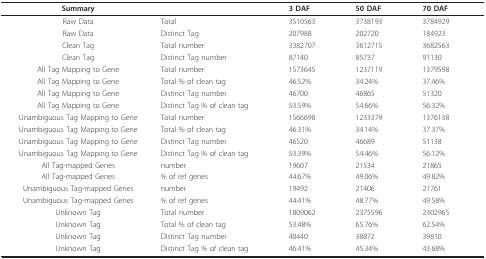
| Summary |  | 3 DAF | 50 DAF | 70 DAF |
 | --- | --- | --- | --- | --- |
 | Raw Data | Total | 3510563 | 3738193 | 3784929 |
 | Raw Data | Distinct Tag | 207988 | 202720 | 184923 |
 | Clean Tag | Total number | 3382707 | 3612715 | 3682563 |
 | Clean Tag | Distinct Tag number | 87140 | 85737 | 91130 |
 | All Tag Mapping to Gene | Total number | 1573645 | 1237119 | 1379598 |
 | All Tag Mapping to Gene | Total % of clean tag | 46.52% | 34.24% | 37.46% |
 | All Tag Mapping to Gene | Distinct Tag number | 46700 | 46865 | 51320 |
 | All Tag Mapping to Gene | Distinct Tag % of clean tag | 53.59% | 54.66% | 56.32% |
 | Unambiguous Tag Mapping to Gene | Total number | 1566698 | 1233379 | 1376138 |
 | Unambiguous Tag Mapping to Gene | Total % of clean tag | 46.31% | 34.14% | 37.37% |
 | Unambiguous Tag Mapping to Gene | Distinct Tag number | 46520 | 46689 | 51138 |
 | Unambiguous Tag Mapping to Gene | Distinct Tag % of clean tag | 53.39% | 54.46% | 56.12% |
 | All Tag-mapped Genes | number | 19607 | 21534 | 21865 |
 | All Tag-mapped Genes | % of ref genes | 44.67% | 49.06% | 49.82% |
 | Unambiguous Tag-mapped Genes | number | 19492 | 21406 | 21761 |
 | Unambiguous Tag-mapped Genes | % of ref genes | 44.41% | 48.77% | 49.58% |
 | Unknown Tag | Total number | 1809062 | 2375596 | 2302965 |
 | Unknown Tag | Total % of clean tag | 53.48% | 65.76% | 62.54% |
 | Unknown Tag | Distinct Tag number | 40440 | 38872 | 39810 |
 | Unknown Tag | Distinct Tag % of clean tag | 46.41% | 45.34% | 43.68% |